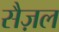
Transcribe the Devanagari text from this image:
सैज़ल